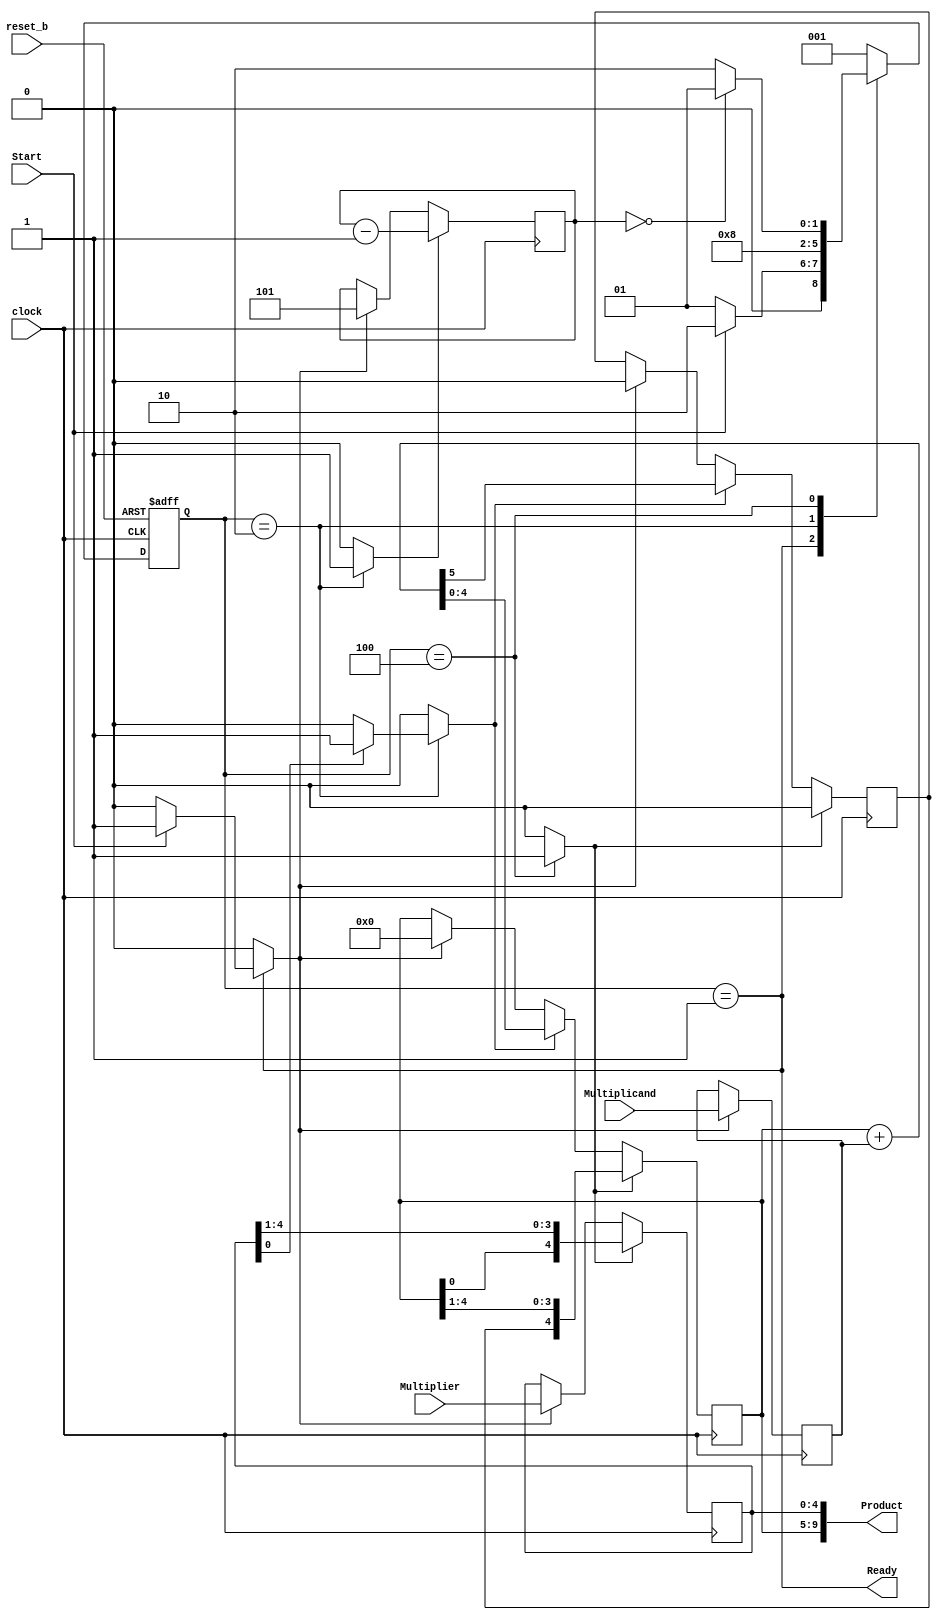
module multiplier (
  output [2 * dp_width - 1:0] Product,
  output Ready,
  input [dp_width - 1:0] Multiplicand,
  input [dp_width - 1:0] Multiplier,
  input Start,
  input clock,
  input reset_b
);

  // Default configuration: five-bit datapath
  parameter dp_width = 5;
  parameter BC_size = 3; // Size of bit counter
  parameter S_idle = 3'b001, // one-hot code
            S_add = 3'b010,
            S_shift = 3'b100;

  reg [2:0] state, next_state;
  reg [dp_width - 1:0] A, B, Q; // Sized for datapath
  reg C;
  reg [BC_size - 1:0] P;
  reg Load_regs, Decr_P, Add_regs, Shift_regs;

  // Miscellaneous combinational logic
  assign Product = {A,Q};
  wire Zero = (P == 0); // counter is zero
  wire Ready = (state == S_idle); // controller status

  // control unit
  always @(posedge clock or negedge reset_b)
    if (~reset_b)
      state <= S_idle;
    else
      state <= next_state;

  always @(state or Start or Q[0] or Zero)
  begin
    next_state = S_idle;
    Load_regs = 0;
    Decr_P = 0;
    Add_regs = 0;
    Shift_regs = 0;

    case (state)
      S_idle:
        if (Start)
        begin
          next_state = S_add;
          Load_regs = 1;
        end

      S_add:
        begin
          next_state = S_shift;
          Decr_P = 1;
          if (Q[0])
            Add_regs = 1;
        end

      S_shift:
        begin
          Shift_regs = 1;
          if (Zero)
            next_state = S_idle;
          else
            next_state = S_add;
        end

      default:
        next_state = S_idle;
    endcase
  end

  // datapath unit
  always @(posedge clock)
  begin
    if (Load_regs)
    begin
      P <= dp_width;
      A <= 0;
      C <= 0;
      B <= Multiplicand;
      Q <= Multiplier;
    end

    if (Add_regs)
      {C, A} <= A + B;

    if (Shift_regs)
      {C, A, Q} <= {C, A, Q} >> 1;

    if (Decr_P)
      P <= P - 1;
  end
endmodule